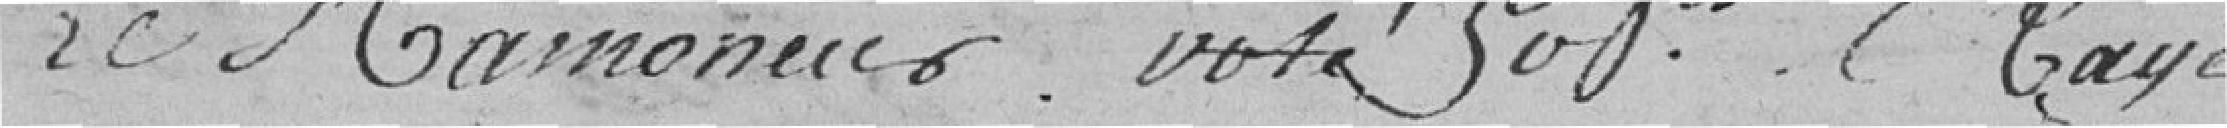
Le Ramoneur voté So frs Rayé